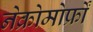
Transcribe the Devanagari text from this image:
नेक्रोमोर्फ्रों